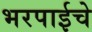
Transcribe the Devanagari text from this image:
भरपाईचे